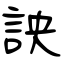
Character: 詇